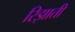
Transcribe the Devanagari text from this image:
रिझाती